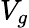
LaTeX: V_{g}